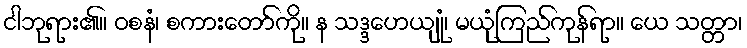
ငါဘုရား၏။ ဝစနံ၊ စကားတော်ကို။ န သဒ္ဒဟေယျုံ၊ မယုံကြည်ကုန်ရာ။ ယေ သတ္တာ၊